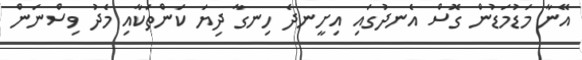
އޭނާ މަޑުމަޑުން ގޮސް އެނދުގައި އިށީނދެ ހިނގާ ދިޔަ ކަންތަކާއި މެދު ވިސްނަން